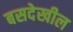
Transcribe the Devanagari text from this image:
बसदेखील